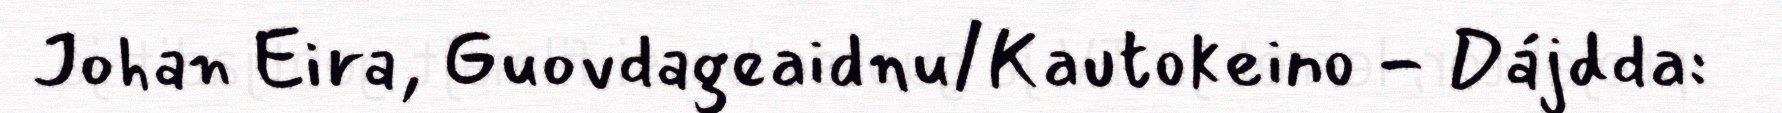
Johan Eira, Guovdageaidnu/Kautokeino - Dájdda: